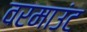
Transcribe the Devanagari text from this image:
वरमाउंट